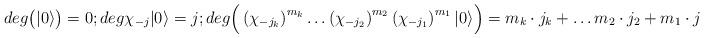
LaTeX: \begin{align*}deg \big(|0\rangle \big) =0; deg \chi _{-j} |0\rangle =j; deg \Big(\left(\chi _{-j_k}\right)^{m_k}\dots \left(\chi _{-j_2}\right)^{m_2}\left(\chi _{-j_1}\right)^{m_1}|0\rangle \Big) =m_k\cdot j_k +\dots m_2\cdot j_2 +m_1\cdot j_1,\end{align*}